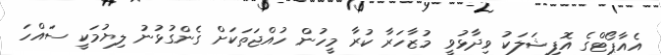
އެއާޕޯޓްގެ އޮފިޝަލަކު ވިދާޅުވީ މުޒާހަރާ ކުރާ މީހުން ހުއްޖަތަކަށް ގެންގުޅުނު ލިޔުމަކީ ސައްހަ